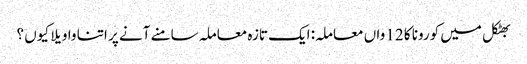
بھٹکل میں کورونا کا 12 واں معاملہ: ایک تازہ معاملہ سامنے آنے پر اتنا واویلا کیوں ؟